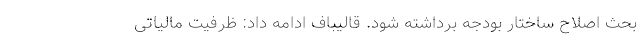
بحث اصلاح ساختار بودجه برداشته شود. قالیباف ادامه داد: ظرفیت مالیاتی